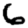
Digit: 6